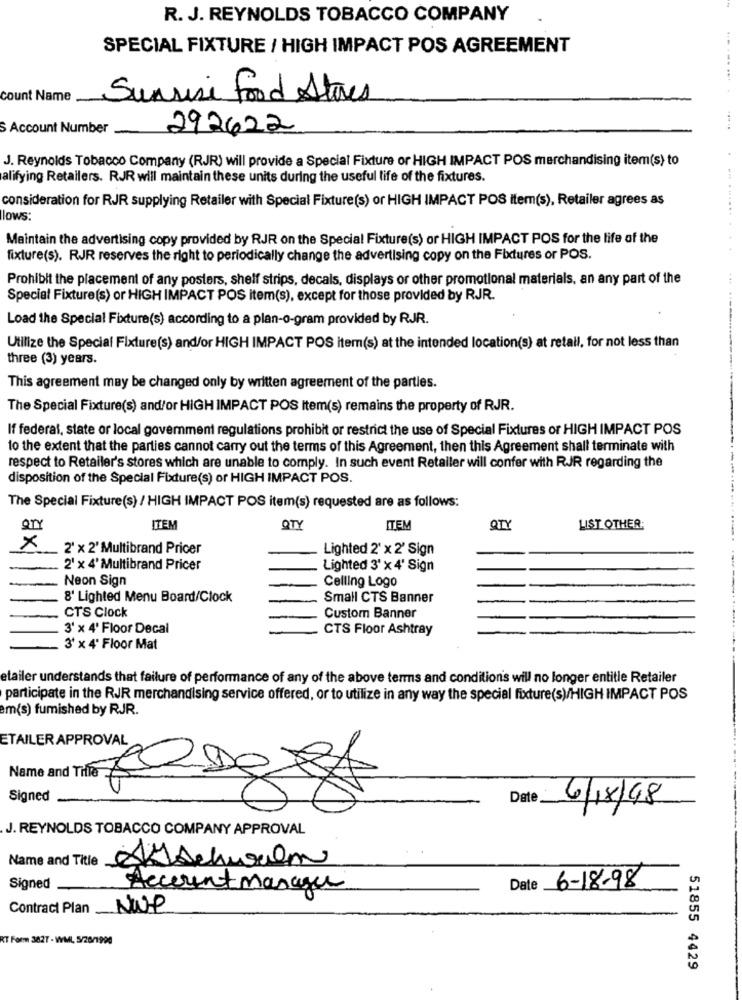
R. J. REYNOLDS TOBACCO COMPANY
SPECIAL FIXTURE / HIGH IMPACT POS AGREEMENT
-.
count Name
Sunrise Food Stores
S Account Number
292622
J. Reynolds Tobacco Company (RJR) will provide a Special Fixture or HIGH IMPACT POS merchandising item(s) to
alifying Retailers. RJR will maintain these units during the useful life of the fixtures.
consideration for RJR supplying Retailer with Special Fixture(s) or HIGH IMPACT POS Item(s), Retailer agrees as
lows:
Maintain the advertising copy provided by RJR on the Special Fixture(s) or HIGH IMPACT POS for the life of the
fixture(s). RJR reserves the right to periodically change the advertising copy on the Fixtures or POS.
Prohibit the placement of any posters, shelf strips, decals, displays or other promotional materials, an any part of the
Special Fixture(s) or HIGH IMPACT POS item(s), except for those provided by RJR.
Load the Special Fixture(s) according to a plan-o-gram provided by RJR.
Utilize the Special Fixture(s) and/or HIGH IMPACT POS item(s) at the intended location(s) at retail, for not less than
three (3) years.
This agreement may be changed only by written agreement of the parties.
The Special Fixture(s) and/or HIGH IMPACT POS Item(s) remains the property of RJR.
If federal, state or local government regulations prohibit or restrict the use of Special Fixtures or HIGH IMPACT POS
to the extent that the parties cannot carry out the terms of this Agreement, then this Agreement shall terminate with
respect to Retailer's stores which are unable to comply. In such event Retailer will confer with RJR regarding the
disposition of the Special Fixture(s) or HIGH IMPACT POS.
The Special Fixture(s) / HIGH IMPACT POS item(s) requested are as follows:
ITEM
QTY
ITEM
QTY
LIST OTHER
×
2" x 2' Multibrand Pricer
Lighted 2' x 2' Sign
2' x 4' Multibrand Pricer
Lighted 3' x 4' Sign
Neon Sign
Celling Logo
8' Lighted Menu Board/Clock
Small CTS Banner
CTS Clock
Custom Banner
3' x 4' Floor Decal
CTS Floor Ashtray
3' x 4' Floor Mat
etailer understands that failure of performance of any of the above terms and conditions will no longer entitle Retailer
participate in the RJR merchandising service offered, or to utilize in any way the special fixture(s)/HIGH IMPACT POS
em(s) fumished by RJR.
ETAILER APPROVAL
Name and Tifle
Signed
Date
6/18/98
J. REYNOLDS TOBACCO COMPANY APPROVAL
Name and Title Myschwalm
Date 6-18-98
Signed
Account manager
Contract Plan
NUP
RT Form 3827 - WML, 5/20/1990
51855 4429